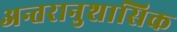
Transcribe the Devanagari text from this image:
अन्तरानुशासिक